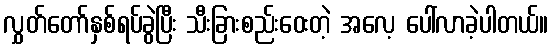
လွှတ်တော်နှစ်ရပ်ခွဲပြီး သီးခြားစည်းဝေးတဲ့ အလေ့ ပေါ်လာခဲ့ပါတယ်။